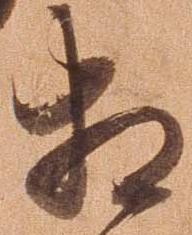
相